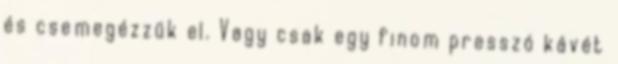
és csemegézzük el. Vagy csak egy finom presszó kávét